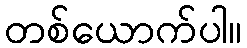
တစ်ယောက်ပါ။